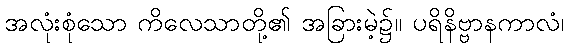
အလုံးစုံသော ကိလေသာတို့၏ အခြားမဲ့၌။ ပရိနိဗ္ဗာနကာလံ၊